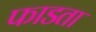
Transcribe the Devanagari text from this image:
फाडता